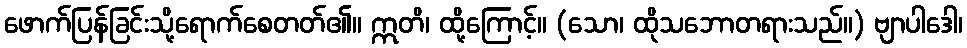
ဖောက်ပြန်ခြင်းသို့ရောက်စေတတ်၏။ ဣတိ၊ ထို့ကြောင့်။ (သော၊ ထိုသဘောတရားသည်။) ဗျာပါဒေါ၊